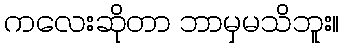
ကလေးဆိုတာ ဘာမှမသိဘူး။